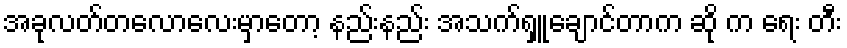
အခုလတ်တလောလေးမှာတော့ နည်းနည်း အသက်ရှူချောင်တာက ဆို က ရေး တီး